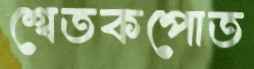
শ্বেতকপোত